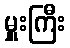
မှူးကြီး